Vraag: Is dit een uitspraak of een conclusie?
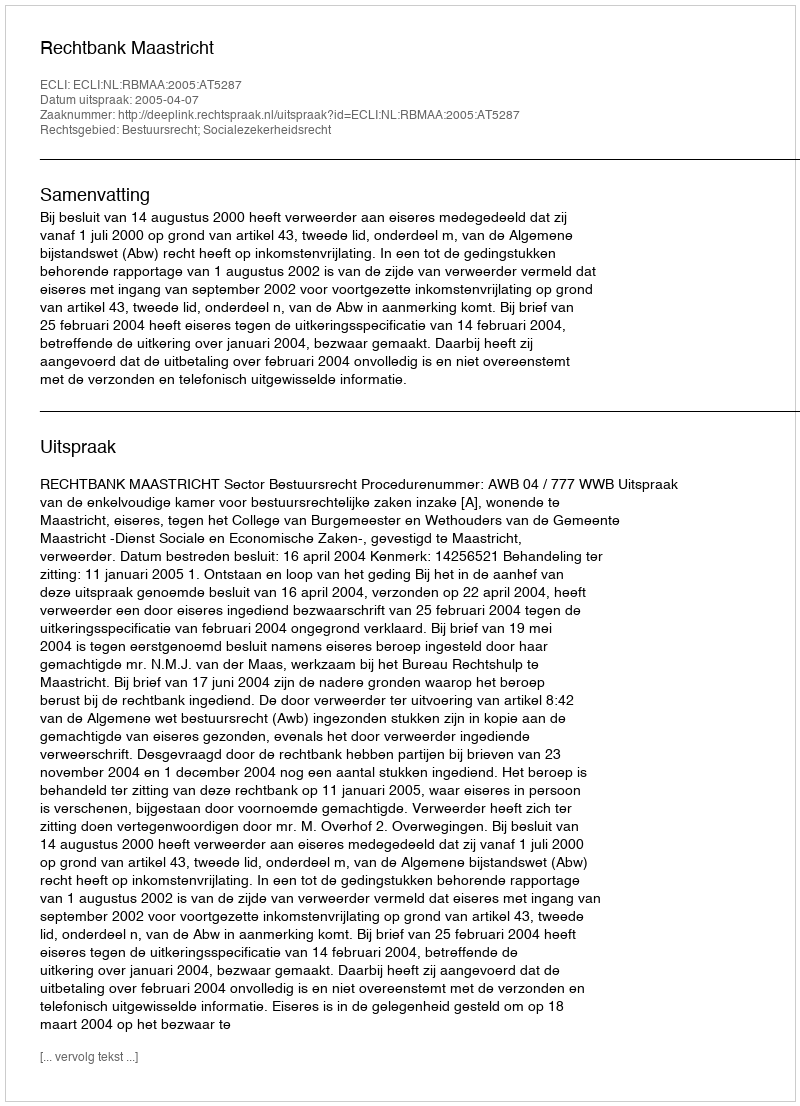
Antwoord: Uitspraak